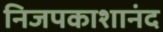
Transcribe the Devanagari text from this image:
निजपकाशानंद